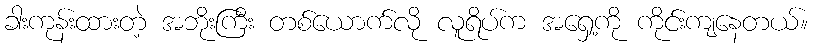
ခါးကုန်းထားတဲ့ အဘိုးကြီး တစ်ယောက်လို လူရိပ်က အရှေ့ကို ကိုင်းကျနေတယ်။